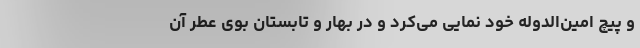
و پیچ امین‌الدوله خود نمایی می‌کرد و در بهار و تابستان بوی عطر آن